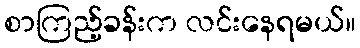
စာကြည့်ခန်းက လင်းနေရမယ်။